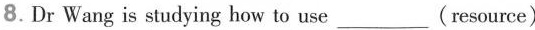
8. Dr Wang is studying how to use___(resource)